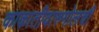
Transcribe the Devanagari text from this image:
काकातीवारुगोलची